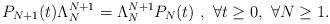
LaTeX: \begin{align*}P_{N+1}(t)\Lambda_N^{N+1}=\Lambda_N^{N+1}P_N(t) \ ,\ \forall{t} \ge 0, \ \forall N\ge 1.\end{align*}